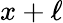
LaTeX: x+\ell